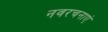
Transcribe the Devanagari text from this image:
नवरचनाएं